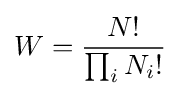
W={\frac {N!}{\prod _{i}N_{i}!}}